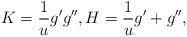
LaTeX: \begin{align*}K=\frac{1}{u}g^{\prime }g^{\prime \prime },H=\frac{1}{u}g^{\prime}+g^{\prime \prime }, \end{align*}